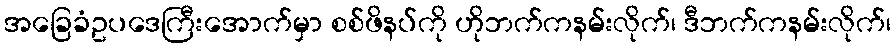
အခြေခံဥပဒေကြီးအောက်မှာ စစ်ဖိနပ်ကို ဟိုဘက်ကနမ်းလိုက်၊ ဒီဘက်ကနမ်းလိုက်၊